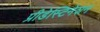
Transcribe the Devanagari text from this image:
प्रीडेस्टिनेशन